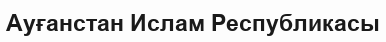
Ауғанстан Ислам Республикасы